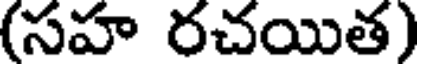
(సహ రచయిత)